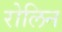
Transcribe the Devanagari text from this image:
रोलिन